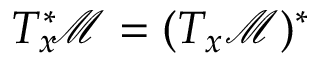
T _ { x } ^ { * } \! { \mathcal { M } } = ( T _ { x } { \mathcal { M } } ) ^ { * }